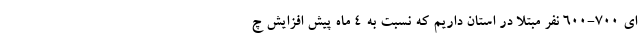
ای ۷۰۰-۶۰۰ نفر مبتلا در استان داریم که نسبت به ۴ ماه پیش افزایش چ